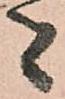
者